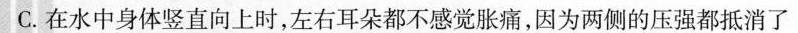
C. 在水中身体竖直向上时，左右耳朵都不感觉胀痛，因为两侧的压强都抵消了